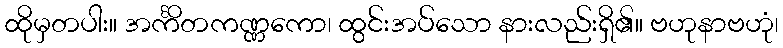
ထိုမှတပါး။ အင်္ကိတကဏ္ဏကော၊ ထွင်းအပ်သော နားလည်းရှိ၏။ ဗဟုနာဗဟုံ၊